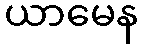
ယာမေန